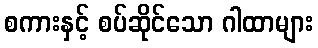
စကားနှင့် စပ်ဆိုင်သော ဂါထာများ